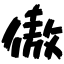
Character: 傲